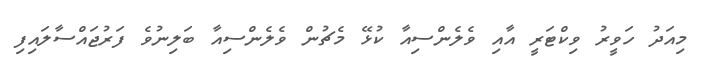
މިއަދު ހަވީރު ވިކްޓަރީ އާއި ވެލެންސިއާ ކުޅޭ މެޗުން ވެލެންސިއާ ބަލިނުވެ ފަރުޖައްސާލައިފި